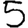
Digit: 5